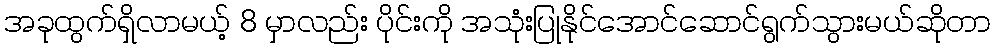
အခုထွက်ရှိလာမယ့် 8 မှာလည်း ပိုင်းကို အသုံးပြုနိုင်အောင်ဆောင်ရွက်သွားမယ်ဆိုတာ